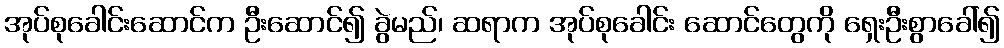
အုပ်စုခေါင်းဆောင်က ဦးဆောင်၍ ခွဲမည်၊ ဆရာက အုပ်စုခေါင်း ဆောင်တွေကို ရှေးဦးစွာခေါ်၍